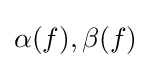
\alpha (f),\beta (f)